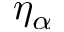
\eta _ { \alpha }